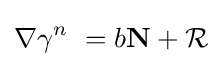
\nabla \gamma ^{n}\ =b\mathbf {N} +{\cal {R}}